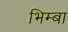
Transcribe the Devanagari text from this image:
भिम्बा